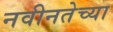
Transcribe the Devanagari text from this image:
नवीनतेच्या